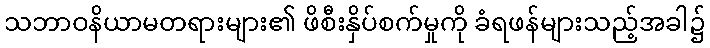
သဘာဝနိယာမတရားများ၏ ဖိစီးနှိပ်စက်မှုကို ခံရဖန်များသည့်အခါ၌